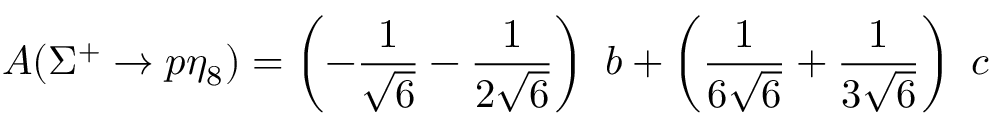
A ( \Sigma ^ { + } \rightarrow p \eta _ { 8 } ) = \left( - \frac { 1 } { \sqrt { 6 } } - \frac { 1 } { 2 \sqrt { 6 } } \right) ~ b + \left( \frac { 1 } { 6 \sqrt { 6 } } + \frac { 1 } { 3 \sqrt { 6 } } \right) ~ c